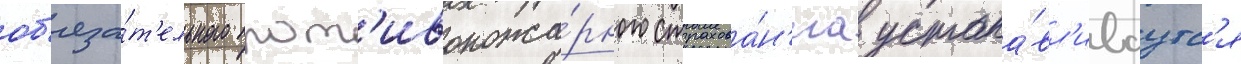
об'яза́т'ельного прот'ивопожа́рного страхова́н'иа устана́вл'иваутс'я